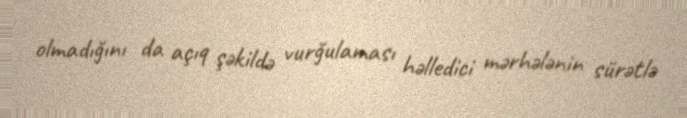
olmadığını da açıq şəkildə vurğulaması həlledici mərhələnin sürətlə